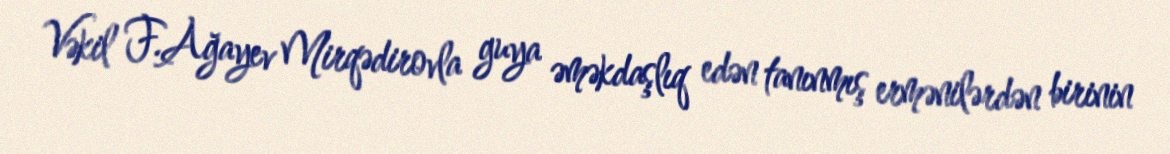
Vəkil F.Ağayev Mirqədirovla guya əməkdaşlıq edən tanınmış ermənilərdən birinin